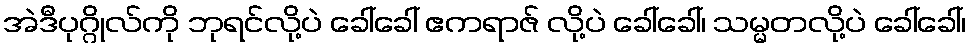
အဲဒီပုဂ္ဂိုလ်ကို ဘုရင်လို့ပဲ ခေါ်ခေါ် ဧကရာဇ် လို့ပဲ ခေါ်ခေါ်၊ သမ္မတလို့ပဲ ခေါ်ခေါ်၊